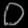
Digit: ၀